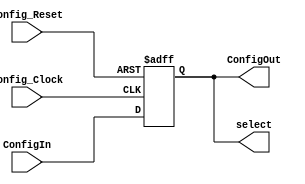
`timescale 1ns/1ps
module ConfigCell(ConfigIn, ConfigOut, Config_Clock, Config_Reset, select);
    parameter size = 1;
    input Config_Clock, Config_Reset, ConfigIn;
    output ConfigOut;
    output [size-1:0] select;
    reg [size-1:0] temp;

    always @(posedge Config_Clock, posedge Config_Reset)
        if (Config_Reset)
            temp <= 0;
        else
            begin
                temp <= temp >> 1;
                temp[size-1] <= ConfigIn;
            end
    assign select = temp;
    assign ConfigOut = temp[0];
endmodule